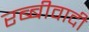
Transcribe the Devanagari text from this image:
रब्बीवादी